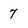
Character: 7